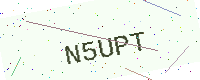
Text: N5UPT